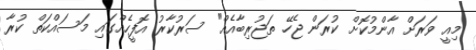
މިއީ ވަރަށް އާންމުކޮށް ކުރަން ޖެހޭ ތަޖުރިބާއެއް" ސަރުކާރު އޮފީހެއްގައި މަސައްކަތް ކުރާ